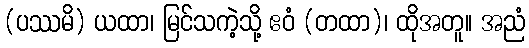
(ပဿမိ) ယထာ၊ မြင်သကဲ့သို့ ဧဝံ (တထာ)၊ ထိုအတူ။ အညံ